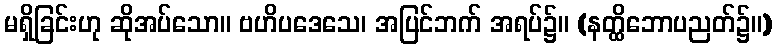
မရှိခြင်းဟု ဆိုအပ်သော။ ဗဟိပဒေသေ၊ အပြင်ဘက် အရပ်၌။ (နတ္ထိဘောပညတ်၌။)